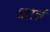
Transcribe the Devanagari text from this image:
क्षात्रं